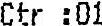
CTR :01